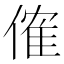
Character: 傕